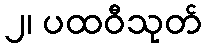
၂၊ ပထဝီသုတ်